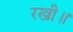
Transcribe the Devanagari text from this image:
रखी॥